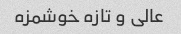
عالی و تازه خوشمزه